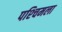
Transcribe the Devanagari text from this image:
पश्‍चिमला